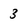
Character: 3